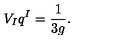
V _ { I } q ^ { I } = \frac { 1 } { 3 g } .